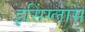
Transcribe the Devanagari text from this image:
इसिंग्लास